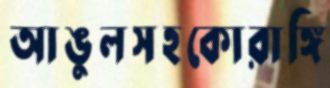
আঙুলসহকোরাঙ্গি